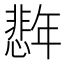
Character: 𪪈